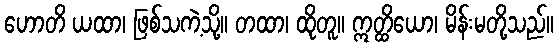
ဟောတိ ယထာ၊ ဖြစ်သကဲ့သို့။ တထာ၊ ထိုတူ။ ဣတ္ထိယော၊ မိန်းမတို့သည်။